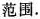
范围.